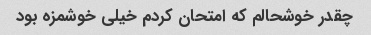
چقدر خوشحالم که امتحان کردم خیلی خوشمزه بود